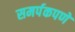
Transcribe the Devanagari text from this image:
समर्पकपणे